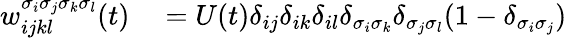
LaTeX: \begin{array}{rl}{w_{ijkl}^{\sigma_{i}\sigma_{j}\sigma_{k}\sigma_{l}}(t)}&{{}=U(t)\delta_{ij}\delta_{ik}\delta_{il}\delta_{\sigma_{i}\sigma_{k}}\delta_{\sigma_{j}\sigma_{l}}(1-\delta_{\sigma_{i}\sigma_{j}})}\end{array}